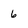
Character: 6